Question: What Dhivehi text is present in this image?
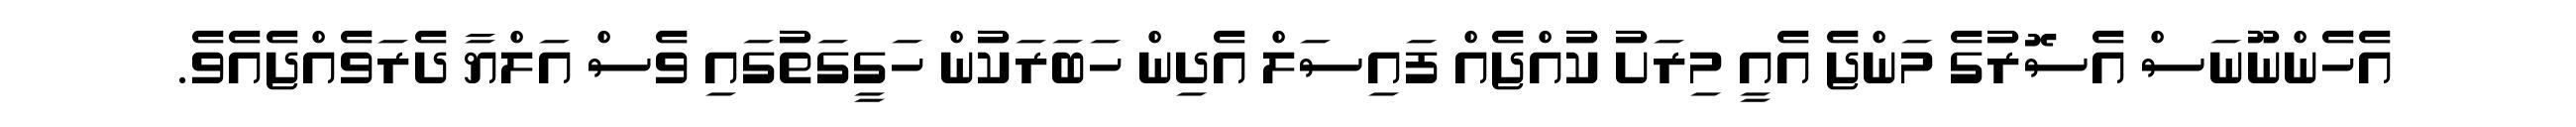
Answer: އެހެންނޫނަސް އެސޮރުގެ މަންޖެ އެއީ މިރަށު ކުއްޖެއް ފައިސަލް އެދިން ހަބަރަކުން ހަގީގަތުގައި ވެސް އަލްޔާ ދެރަވެއްޖެއެވެ.